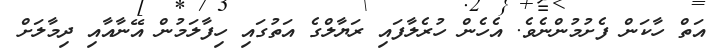
އަތް ހާކަން ފެށުމުންނެވެ. އެހެން ހުރެލާފައި ރަޔާލްގެ އަތުގައި ހިފާލަމުން އޭނާއާއި ދިމާލަށް